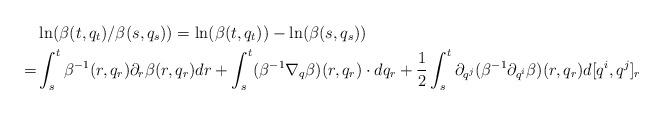
LaTeX: \begin{align*}&\ln(\beta(t,q_t)/\beta(s,q_s))=\ln(\beta(t,q_t))-\ln(\beta(s,q_s))\\=&\int_s^t \beta^{-1}(r,q_r)\partial_r\beta(r,q_r)dr+\int_s^t(\beta^{-1}\nabla_q\beta)(r,q_r)\cdot dq_r+\frac{1}{2}\int_s^t \partial_{q^j}(\beta^{-1}\partial_{q^i}\beta)(r,q_r)d[q^i,q^j]_r\end{align*}